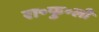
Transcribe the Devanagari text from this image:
रा॰फु॰ली